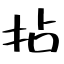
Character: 拈